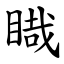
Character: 睵